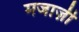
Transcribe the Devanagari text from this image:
मजाज़ी